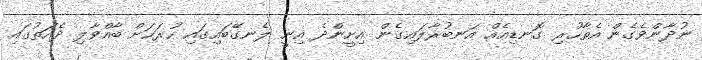
ނުދާންވެގެން އެތާހުރި ގޮނޑިއެއް އަނބުރާލައިގެން އިށީންދެ އިނީ ލެނގޭބައިގައި ހުރަހަށް ބާއްވާލި ދެއަތުގައި